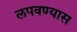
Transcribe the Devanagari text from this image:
लपवण्यास